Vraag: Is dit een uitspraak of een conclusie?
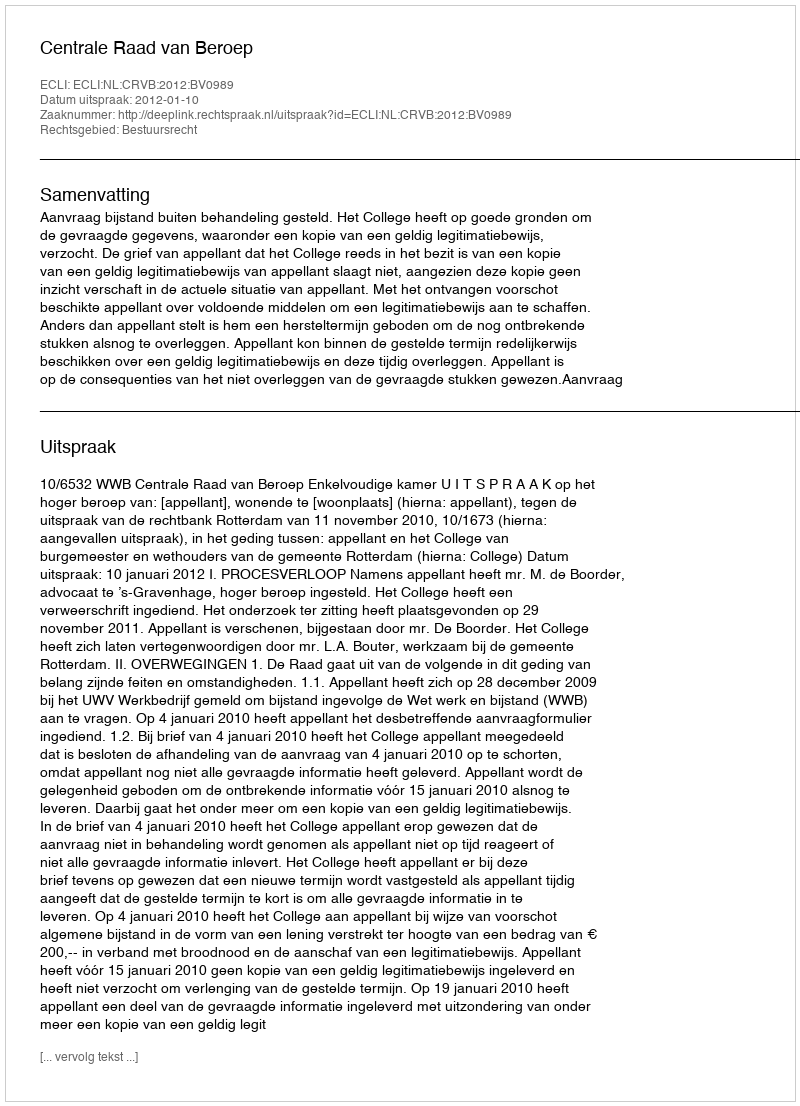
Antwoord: Uitspraak